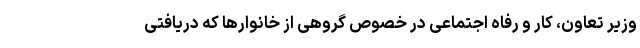
وزیر تعاون، کار و رفاه اجتماعی در خصوص گروهی از خانوارها که دریافتی